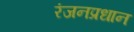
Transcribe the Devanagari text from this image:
रंजनप्रधान